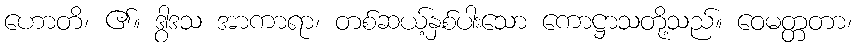
ဟောတိ၊ ၏။ ဒွါဒသ အာကာရာ၊ တစ်ဆယ့်နှစ်ပါးသော ကောဋ္ဌာသတို့သည်။ ဝေမတ္တတာ၊